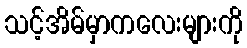
သင့်အိမ်မှာကလေးများကို